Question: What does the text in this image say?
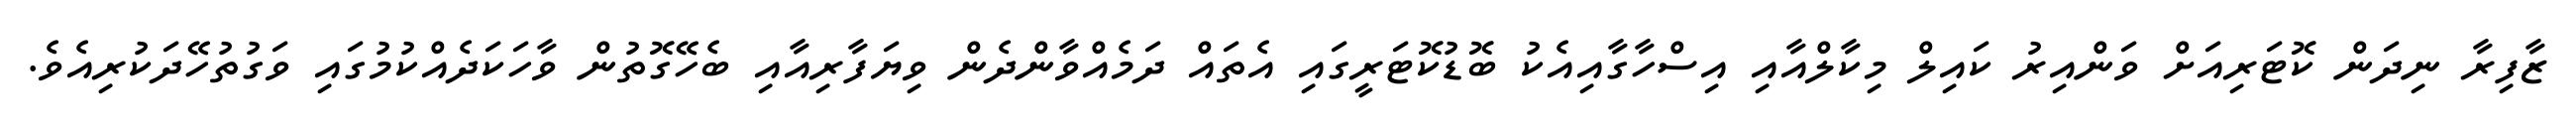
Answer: ޒާފިރާ ނިދަން ކޮޓަރިއަށް ވަންއިރު ކައިލް މިކާލްއާއި އިސްހާގާއިއެކު ބޮޑުކޮޓަރީގައި އެތައް ދަމެއްވާންދެން ވިޔަފާރިއާއި ބެހޭގޮތުން ވާހަކަދެއްކުމުގައި ވަގުތުހޭދަކުރިއެވެ.